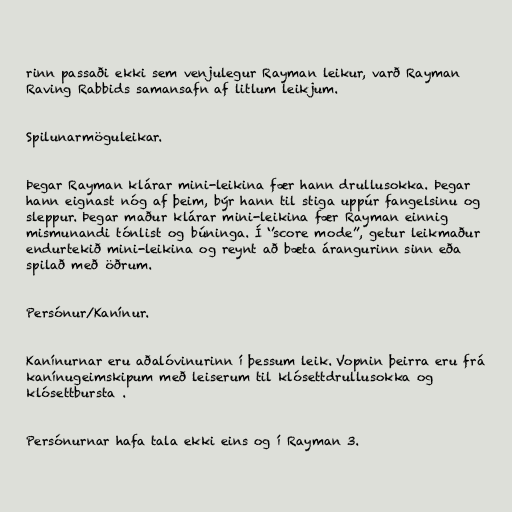
rinn passaði ekki sem venjulegur Rayman leikur, varð Rayman
Raving Rabbids samansafn af litlum leikjum.

Spilunarmöguleikar.

Þegar Rayman klárar mini-leikina fær hann drullusokka. Þegar
hann eignast nóg af þeim, býr hann til stiga uppúr fangelsinu og
sleppur. Þegar maður klárar mini-leikina fær Rayman einnig
mismunandi tónlist og búninga. Í ‘’score mode’’, getur leikmaður
endurtekið mini-leikina og reynt að bæta árangurinn sinn eða
spilað með öðrum.

Persónur/Kanínur.

Kanínurnar eru aðalóvinurinn í þessum leik. Vopnin þeirra eru frá
kanínugeimskipum með leiserum til klósettdrullusokka og
klósettbursta .

Persónurnar hafa tala ekki eins og í Rayman 3.